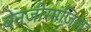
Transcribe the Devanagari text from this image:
बेनजीरमंजिल